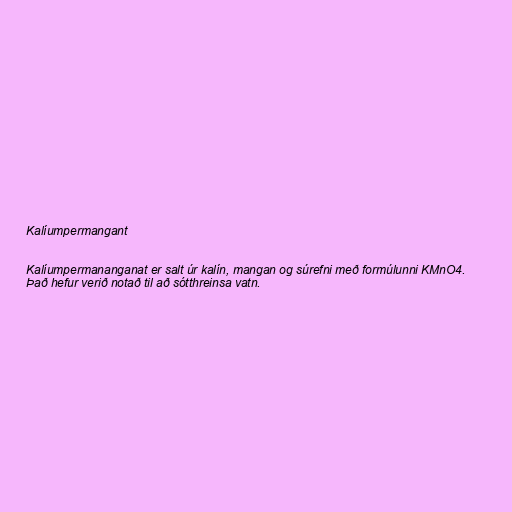
Kalíumpermangant

Kalíumpermananganat er salt úr kalín, mangan og súrefni með formúlunni KMnO4.
Það hefur verið notað til að sótthreinsa vatn.